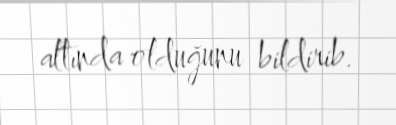
altında olduğunu bildirib.